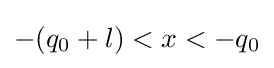
-(q_{0}+l)<x<-q_{0}